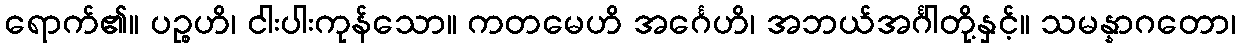
ရောက်၏။ ပဉ္စဟိ၊ ငါးပါးကုန်သော။ ကတမေဟိ အင်္ဂေဟိ၊ အဘယ်အင်္ဂါတို့နှင့်။ သမန္နာဂတော၊